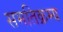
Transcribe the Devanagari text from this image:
समतिक्रम्य